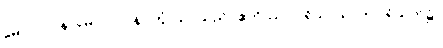
မောဂ္ဂလာန၊ မောဂ္ဂလာန်။ တွံ၊ သင်သည်။ ဧတိဿာ ပရိသာယ၊ ဤပရိသတ်၌။